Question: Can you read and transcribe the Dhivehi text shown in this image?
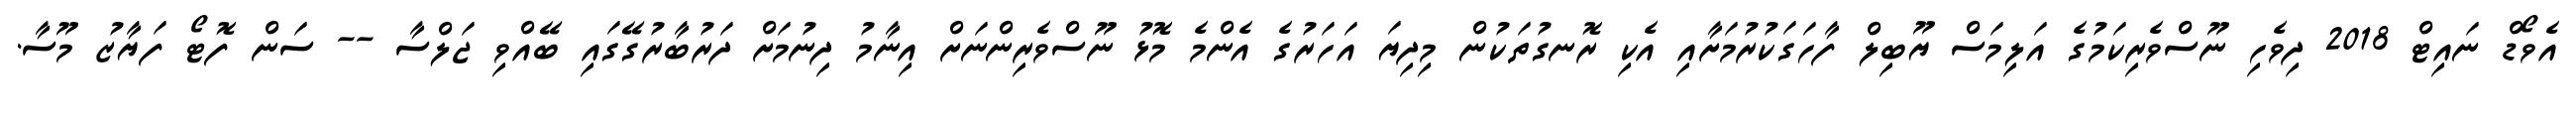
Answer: އެވޯޑް ނައިޓް 2018 ދިވެހި ނޫސްވެރިކަމުގެ އަލިމަސް ޔޫބިލް ފާހަގަކުރުމަށާއި އެކި ރޮނގުތަކުން މިދިޔަ އަހަރުގެ އެންމެ މޮޅު ނޫސްވެރިންނަށް އިނާމު ދިނުމަށް ދަރުބާރުގޭގައި ބޭއްވި ޖަލްސާ -- ސަން ފޮޓޯ ފަޔާޒު މޫސާ.